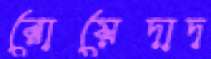
রোয়েদাদ